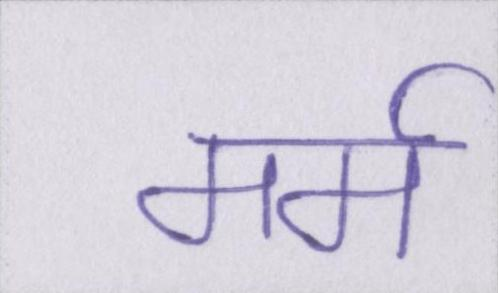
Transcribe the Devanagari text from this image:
मर्म